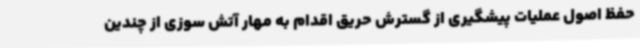
حفظ اصول عملیات پیشگیری از گسترش حریق اقدام به مهار آتش سوزی از چندین